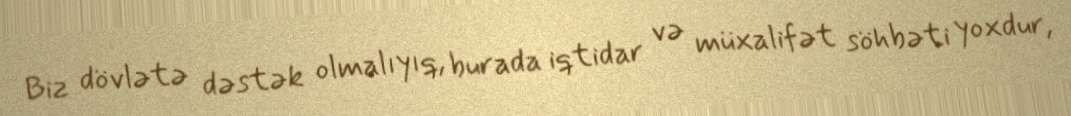
Biz dövlətə dəstək olmalıyıq, burada iqtidar və müxalifət söhbəti yoxdur,